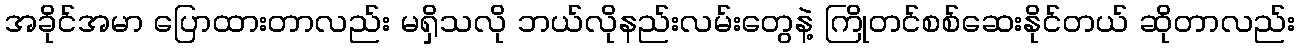
အခိုင်အမာ ပြောထားတာလည်း မရှိသလို ဘယ်လိုနည်းလမ်းတွေနဲ့ ကြိုတင်စစ်ဆေးနိုင်တယ် ဆိုတာလည်း